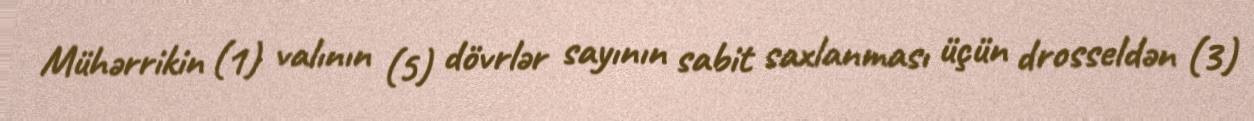
Mühərrikin (1) valının (5) dövrlər sayının sabit saxlanması üçün drosseldən (3)